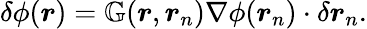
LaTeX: \delta\phi(\boldsymbol{r})=\mathbb{G}(\boldsymbol{r},\boldsymbol{r}_{n})\nabla\phi(\boldsymbol{r}_{n})\cdot\delta\boldsymbol{r}_{n}.